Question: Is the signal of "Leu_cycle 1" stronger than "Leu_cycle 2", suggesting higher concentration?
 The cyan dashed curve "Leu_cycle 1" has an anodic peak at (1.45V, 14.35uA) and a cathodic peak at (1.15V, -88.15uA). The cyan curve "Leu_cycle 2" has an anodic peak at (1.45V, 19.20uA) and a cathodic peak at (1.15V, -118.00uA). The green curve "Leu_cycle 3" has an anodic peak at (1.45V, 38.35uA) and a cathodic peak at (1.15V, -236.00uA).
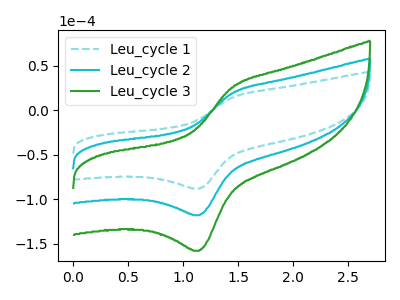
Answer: <think>All the peaks in "Leu_cycle 1" have a peak in "Leu_cycle 2" at the same potential. Every peak in "Leu_cycle 1" is lower than every peak in "Leu_cycle 2".
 </think>
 <answer>"Leu_cycle 1" has less signal than "Leu_cycle 2" and so likely has a lower concentration.</answer>
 <eval>less_concentration</eval>